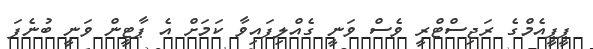
ޕީޕީއެމްގެ ރަޖިސްޓްރީ ވެސް ވަނީ ގެއްލިފައިވާ ކަމަށް އެ ޕާޓީން ވަނީ ބުނެފަ